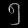
Digit: ၅